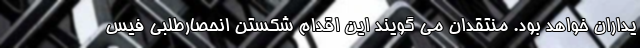
یداران خواهد بود. منتقدان می گویند این اقدام شکستن انحصارطلبی فیس